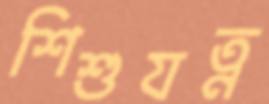
শিশুযত্ন